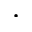
\cdot